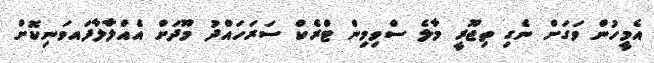
އެމީހުން ވަގަށް ނެގި ތިޖޫރީ މާލެ ސްވިމިން ޓްރެކް ސަރަހައްދު މޫދަށް އެއްލާލާފައވަނިކޮށް